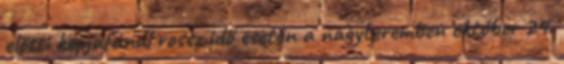
előtti kopjafánál rossz idő esetén a nagyteremben október 24.